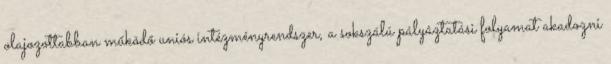
olajozottabban működő uniós intézményrendszer, a sokszálú pályáztatási folyamat akadozni